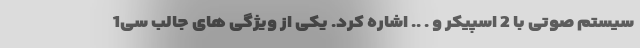
سیستم صوتی با 2 اسپیکر و . .. اشاره کرد. یکی از ویژگی های جالب سی1